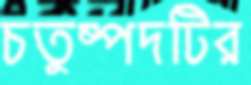
চতুষ্পদটির